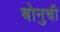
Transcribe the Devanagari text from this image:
बोनुची